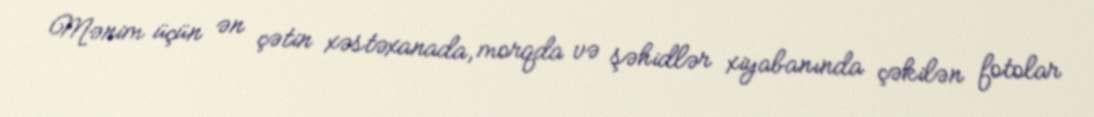
Mənim üçün ən çətin xəstəxanada, morqda və şəhidlər xiyabanında çəkilən fotolar